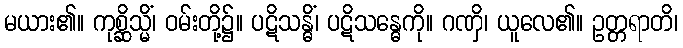
မယား၏။ ကုစ္ဆိသ္မိံ၊ ဝမ်းတို့၌။ ပဋိသန္ဓိံ၊ ပဋိသန္ဓေကို။ ဂဏှိ၊ ယူလေ၏။ ဥတ္တရာတိ၊